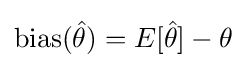
{\text{bias}}({\hat {\theta }})=E[{\hat {\theta }}]-\theta